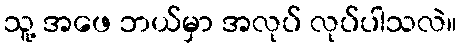
သူ့ အဖေ ဘယ်မှာ အလုပ် လုပ်ပါသလဲ။